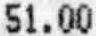
51.00